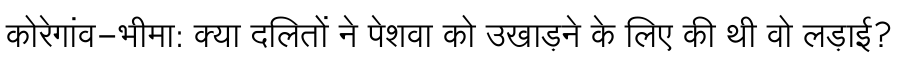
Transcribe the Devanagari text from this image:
कोरेगांव-भीमा: क्या दलितों ने पेशवा को उखाड़ने के लिए की थी वो लड़ाई?